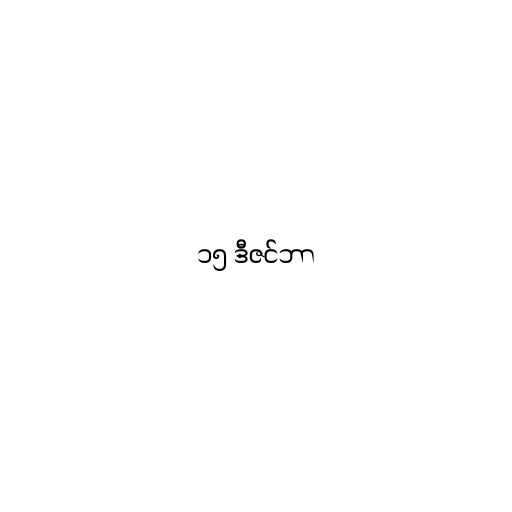
၁၅ ဒီဇင်ဘာ